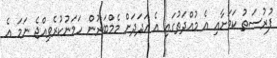
ފުރުސަތު ކަމަށާއި އެ މުއްދަތުގައި އެ އަދަދަށް މެމްބަރުން ހަމަނުކުރެވިއްޖެ ނަމަ އެ